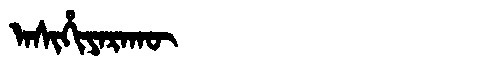
Manchu: ᠠᠰᡳᡥᡳᠶᠠᡵᠠᡴᡡ
Romanization: ASIHIYARAKŪ